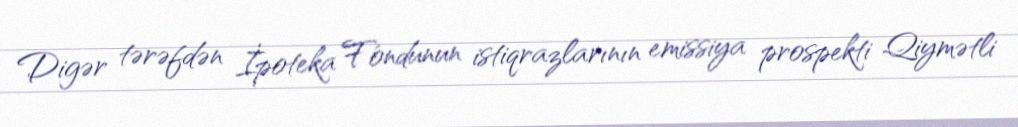
Digər tərəfdən İpoteka Fondunun istiqrazlarının emissiya prospekti Qiymətli